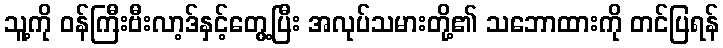
သူ့ကို ဝန်ကြီးဗီးလာ့ဒ်နှင့်တွေ့ပြီး အလုပ်သမားတို့၏ သဘောထားကို တင်ပြရန်